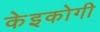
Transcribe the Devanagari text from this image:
केइकोगी